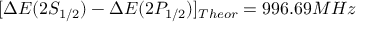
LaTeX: [ \Delta E ( 2 S _ { 1 / 2 } ) - \Delta E ( 2 P _ { 1 / 2 } ) ] _ { T h e o r } = 9 9 6 . 6 9 M H z